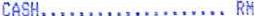
CASH.................... RM